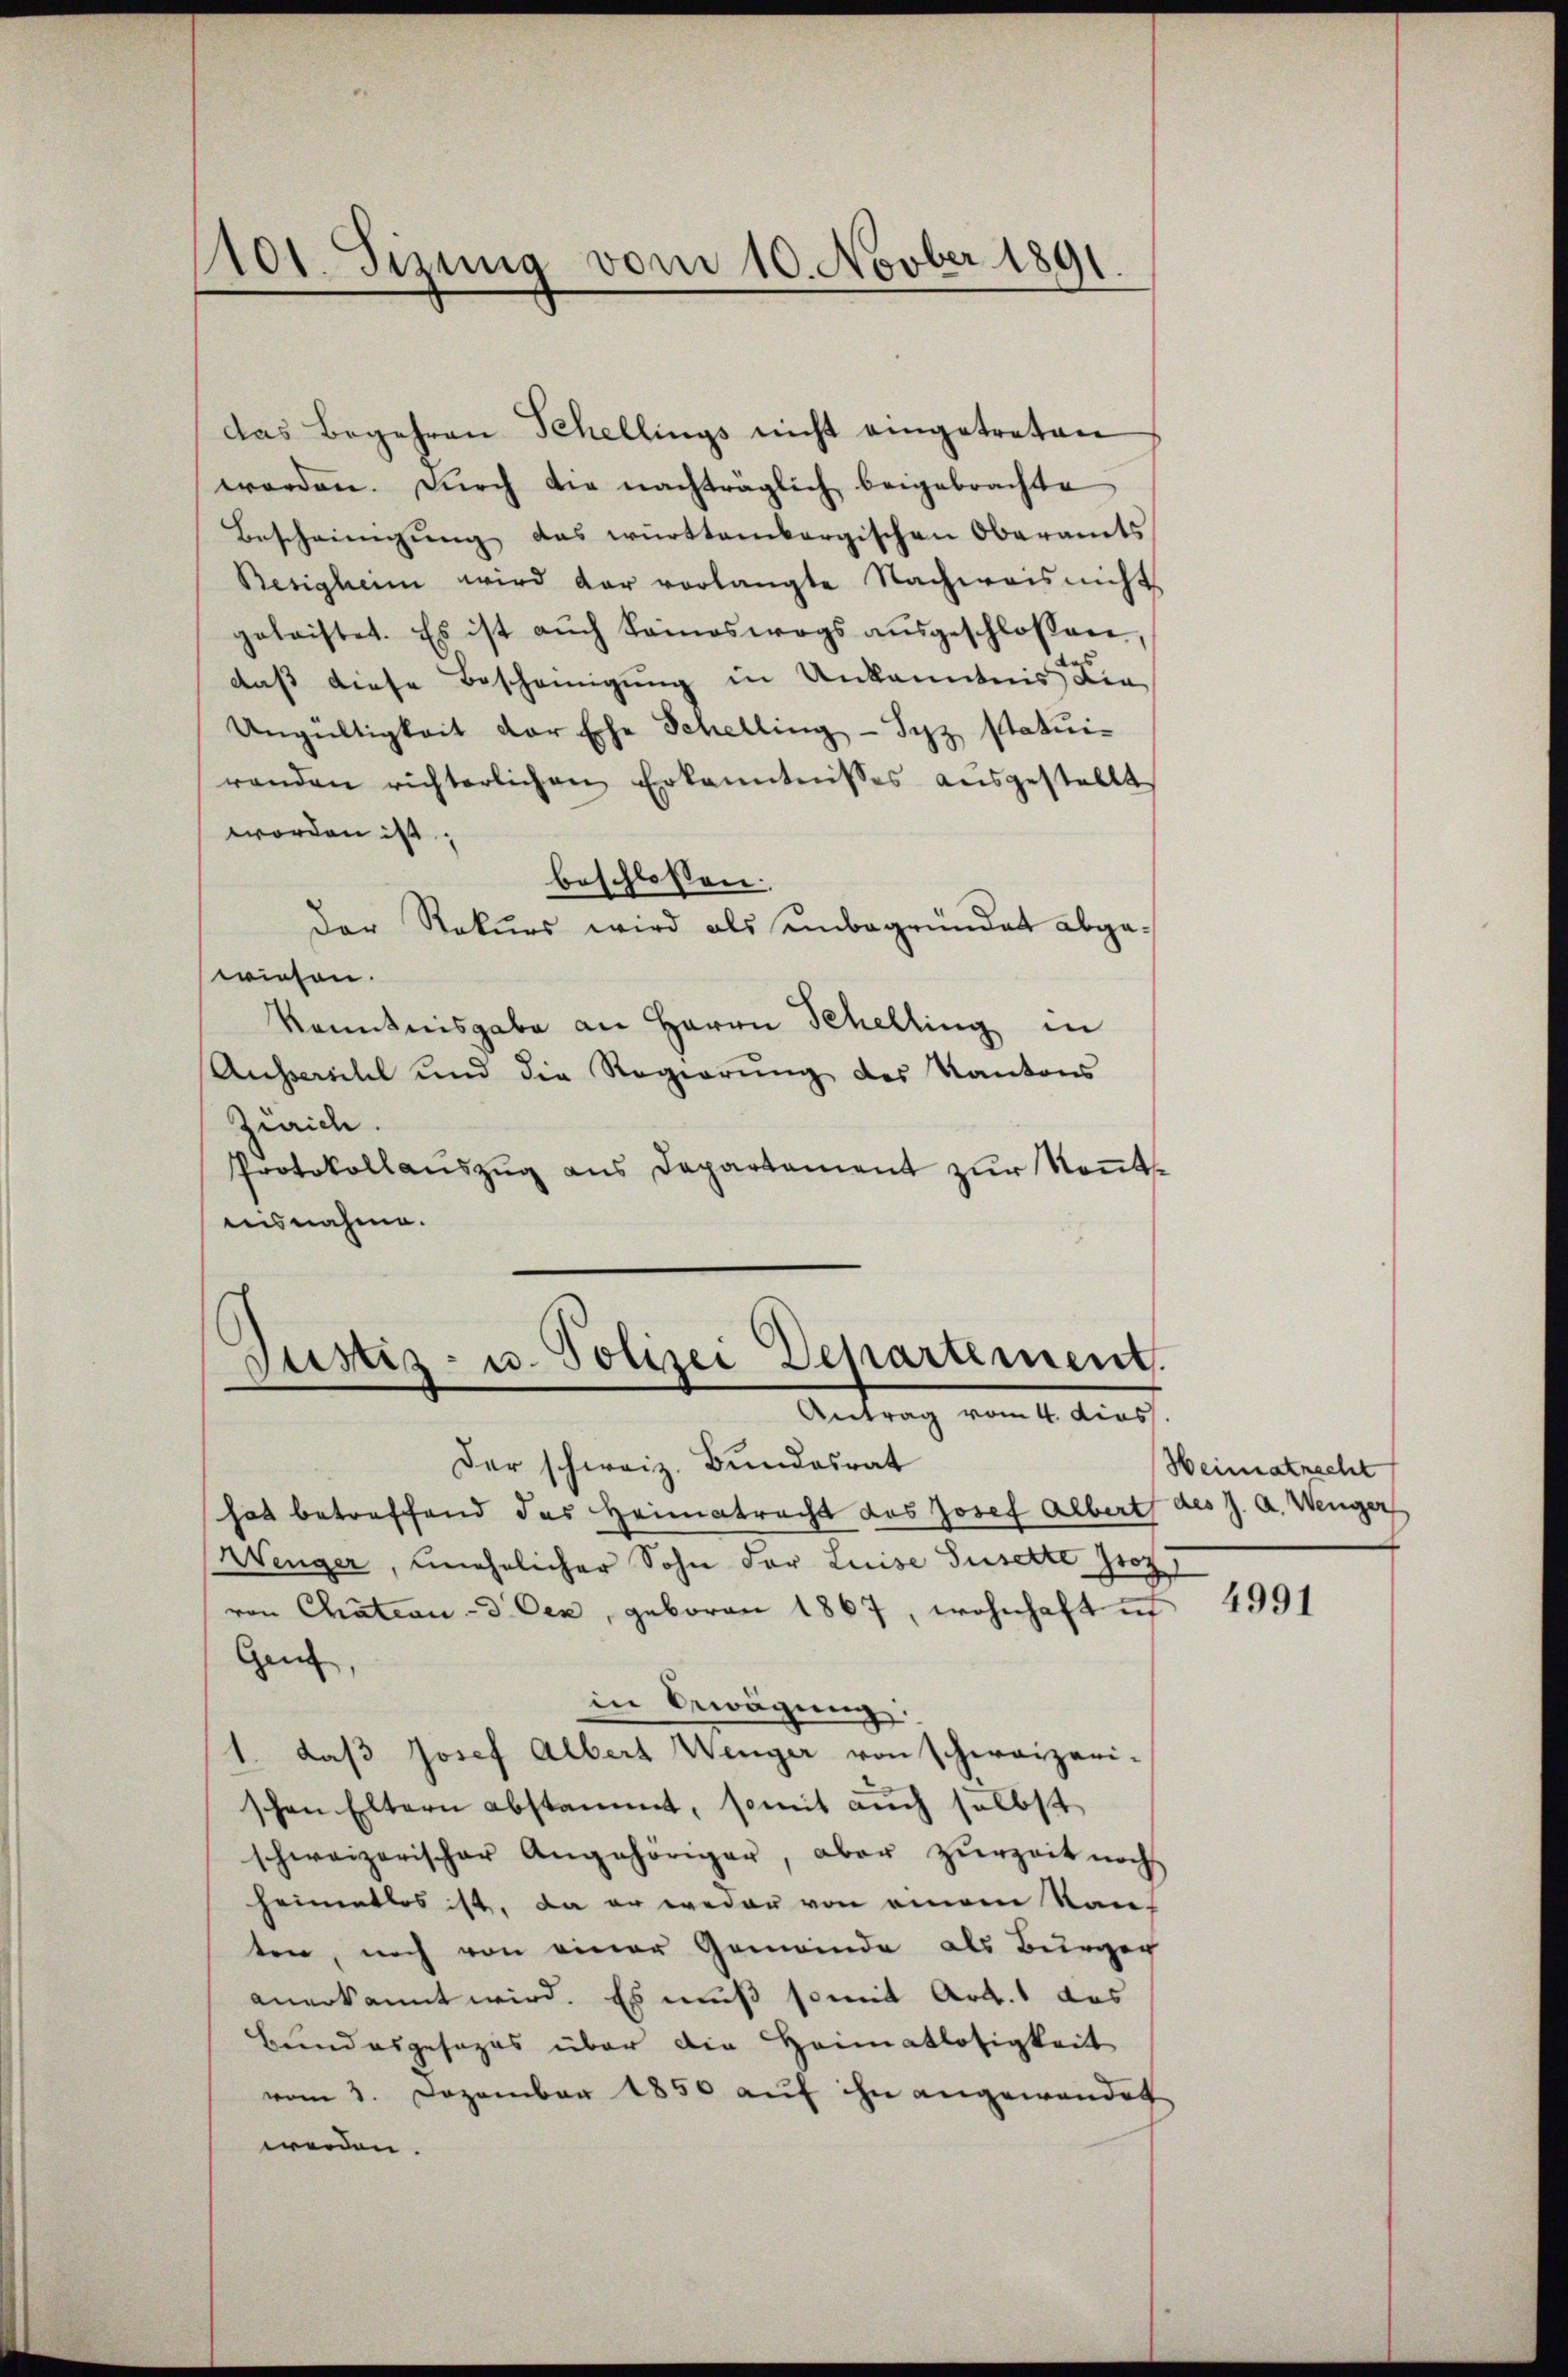
101. Sizung vom 10. Novber 1891

das Begehren Schellings nicht eingetreten
worden. Durch die nachträglich beigebrachte
Bescheinigŭng das württembergischen Oberamts
Besigheim wird dar vorlangte Nachweis nicht
geleistet. Es ist aŭch keineswegs aŭsgeschlossen,
daß diese Bescheinigung in Ankanntnis Lie
Ungültigkeit der Ehe Schelling - Syz Statuirenden richterlichen Erkenntnisses aŭsgestellt
worden ist;
beschlossen:
Der Rekurs wird als einbegründet abgewiesen.
Kenntnisgabe an Herrn Schelling in
Ausserehel und die Regierŭng des Kantons
Zürich.
Protokollauszug aus Departement zur Kenntnisnahme.

Justiz- u. Polizei Departement.
Antrag vom 4. dies

Der schweiz. Bundesrat
hat betreffend das Heimatracht das Josef Albert des J. A. Wenger
Wenger, unehelicher Sohn der Luise Suselte Proz
von Chateau d. Oer, geboren 1867, wohnhaft ich
Gent,
in Bewägung
1. daβ Josef Albert Wenger von schweizeri-
schen Eltern abstammt, somit auch selbst
schweizerischer Angehöriger, aber zŭrzeit noch
heimatlos ist, da er weder von einem Kan-
ten, noch von einer Gemeinde als Burger
anerkannt wird. Es muß somit Art. 1 das
Bundesgesezes über die Heimatlosigkeit
vom 3. Dezember 1850 auf ihn angewandet
werden.

Heimatrecht

4991